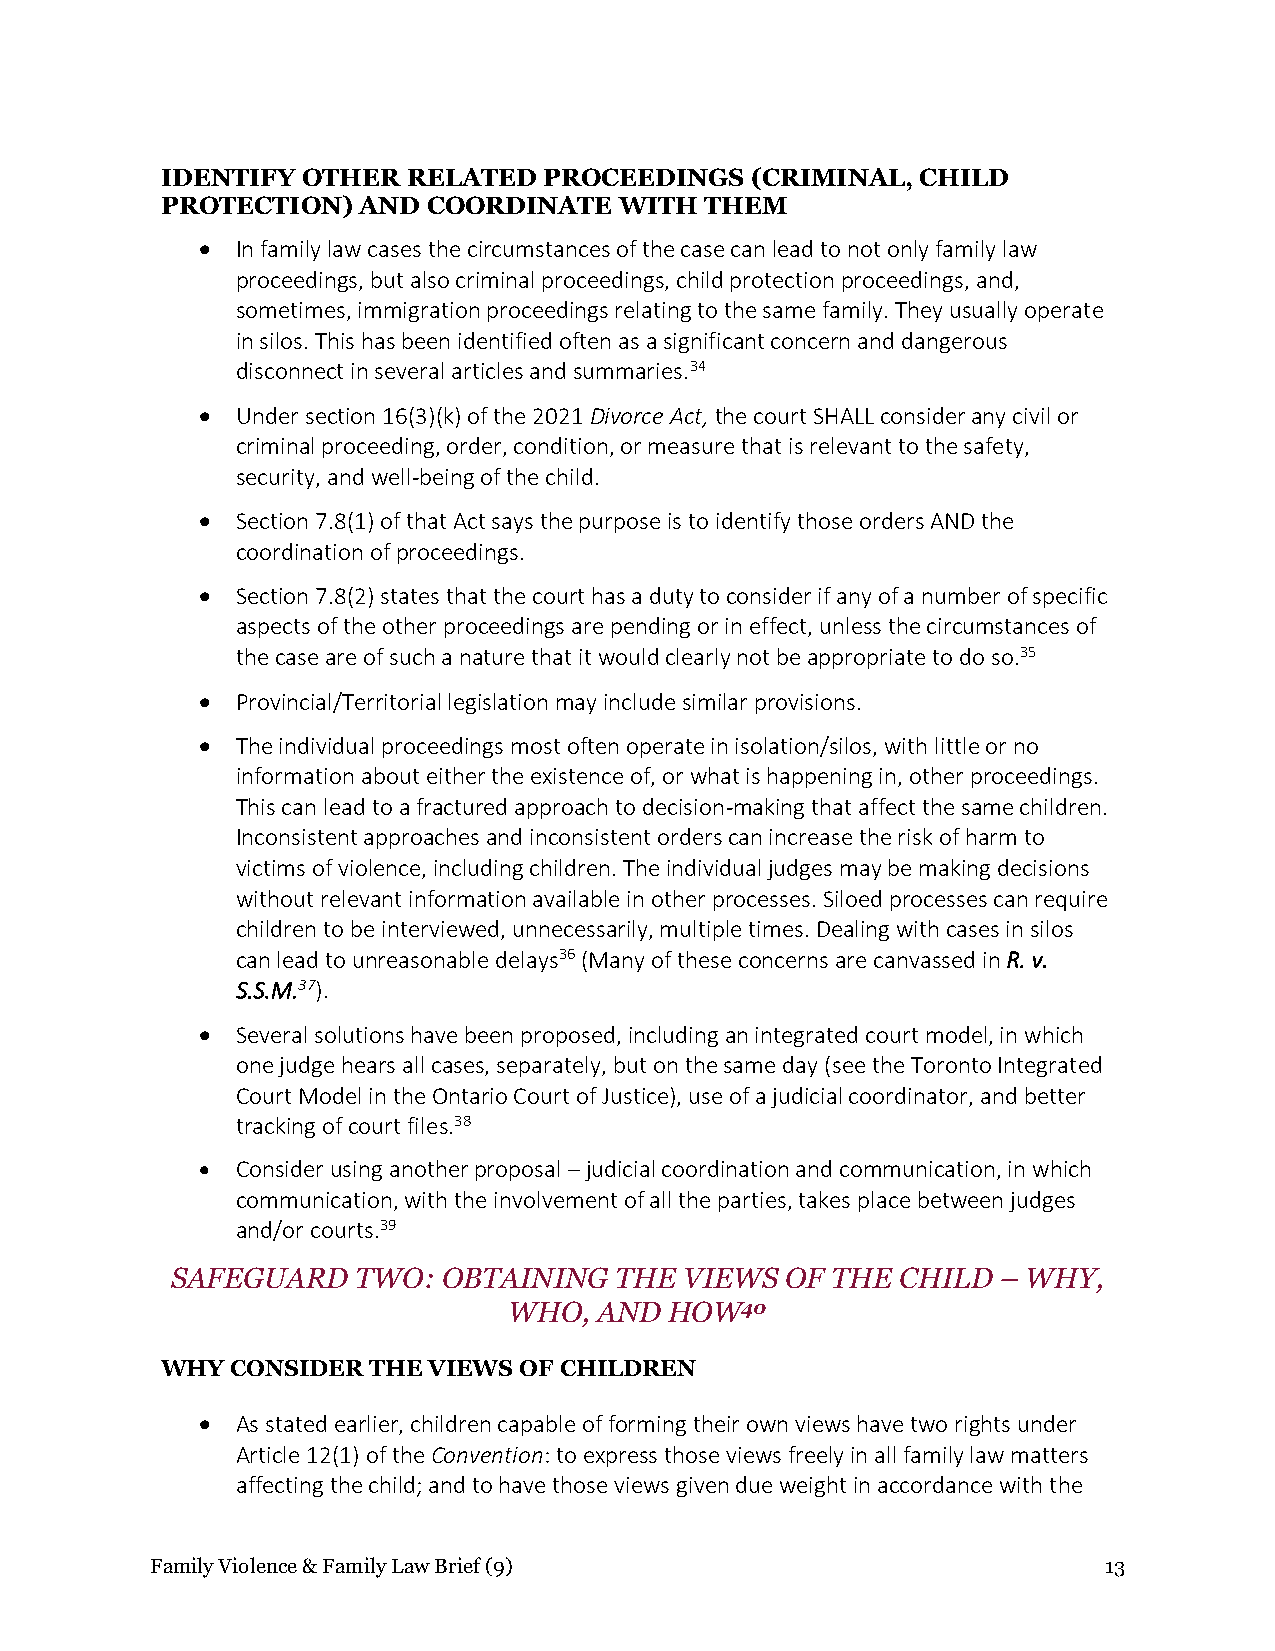
IDENTIFY OTHER  RELATED  PROCEEDINGS   (CRIMINAL, CHILD
 PROTECTION)  AND COORDINATE   WITH  THEM
 •  In family law cases the circumstances of the case can lead to not only family law
 proceedings, but also criminal proceedings, child protection proceedings, and,
 sometimes, immigration proceedings relating to the same family. They usually operate
 in silos. This has been identified often as a significant concern and dangerous
 disconnect in several articles and summaries.34
 •  Under section 16(3)(k) of the 2021 Divorce Act, the court SHALL consider any civil or
 criminal proceeding, order, condition, or measure that is relevant to the safety,
 security, and well-being of the child.
 •  Section 7.8(1) of that Act says the purpose is to identify those orders AND the
 coordination of proceedings.
 •  Section 7.8(2) states that the court has a duty to consider if any of a number of specific
 aspects of the other proceedings are pending or in effect, unless the circumstances of
 the case are of such a nature that it would clearly not be appropriate to do so.35
 •  Provincial/Territorial legislation may include similar provisions.
 •  The individual proceedings most often operate in isolation/silos, with little or no
 information about either the existence of, or what is happening in, other proceedings.
 This can lead to a fractured approach to decision-making that affect the same children.
 Inconsistent approaches and inconsistent orders can increase the risk of harm to
 victims of violence, including children. The individual judges may be making decisions
 without relevant information available in other processes. Siloed processes can require
 children to be interviewed, unnecessarily, multiple times. Dealing with cases in silos
 can lead to unreasonable delays36 (Many of these concerns are canvassed in R. v.
 S.S.M.37).
 •  Several solutions have been proposed, including an integrated court model, in which
 one judge hears all cases, separately, but on the same day (see the Toronto Integrated
 Court Model in the Ontario Court of Justice), use of a judicial coordinator, and better
 tracking of court files.38
 •  Consider using another proposal – judicial coordination and communication, in which
 communication, with the involvement of all the parties, takes place between judges
 and/or courts.39
 SAFEGUARD    TWO: OBTAINING   THE VIEWS  OF THE  CHILD – WHY,
 WHO,  AND HOW40
 WHY CONSIDER THE VIEWS OF CHILDREN
 •  As stated earlier, children capable of forming their own views have two rights under
 Article 12(1) of the Convention: to express those views freely in all family law matters
 affecting the child; and to have those views given due weight in accordance with the
 Family Violence & Family Law Brief (9)                         13